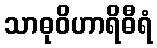
သာဓုဝိဟာရိဓီရံ